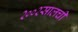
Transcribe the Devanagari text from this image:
२००२सालची